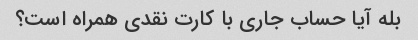
بله آیا حساب جاری با کارت نقدی همراه است؟